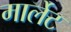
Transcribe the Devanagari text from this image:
मार्लेट